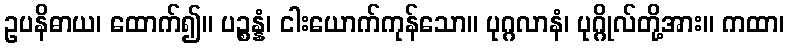
ဥပနိဓာယ၊ ထောက်၍။ ပဉ္စန္နံ၊ ငါးယောက်ကုန်သော။ ပုဂ္ဂလာနံ၊ ပုဂ္ဂိုလ်တို့အား။ ကထာ၊